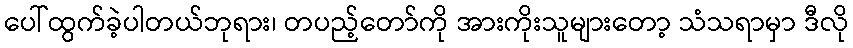
ပေါ်ထွက်ခဲ့ပါတယ်ဘုရား၊ တပည့်တော်ကို အားကိုးသူများတော့ သံသရာမှာ ဒီလို